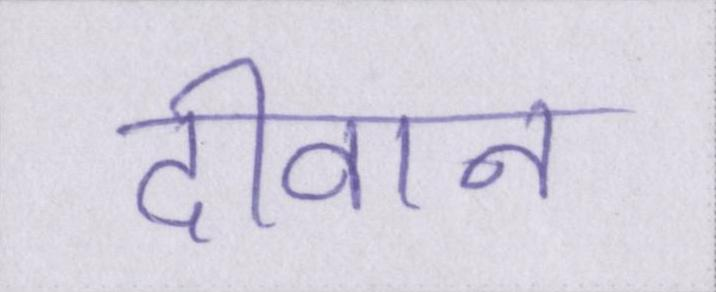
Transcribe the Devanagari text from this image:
दीवान